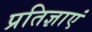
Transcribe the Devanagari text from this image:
प्रतिज्ञाएं